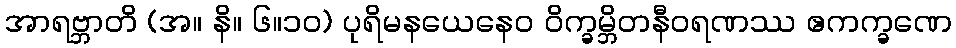
အာရဗ္ဘာတိ (အ။ နိ။ ၆။၁၀) ပုရိမနယေနေဝ ဝိက္ခမ္ဘိတနီဝရဏဿ ဧကက္ခဏေ